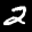
Label: 2